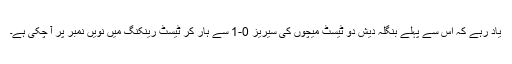
یاد رہے کہ اِس سے پہلے بنگلہ دیش دو ٹیسٹ میچوں کی سیریز 0-1 سے ہار کر ٹیسٹ رینکنگ میں نویں نمبر پر آ چکی ہے۔